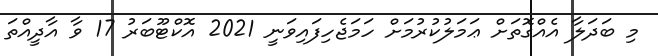
މި ބަދަލާ އެއްގޮތަށް ޢަމަލުކުރުމަށް ހަމަޖެހިފައިވަނީ 2021 އޮކްޓޫބަރު 17 ވާ އާދީއްތަ